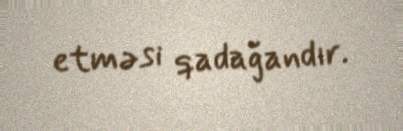
etməsi qadağandır.